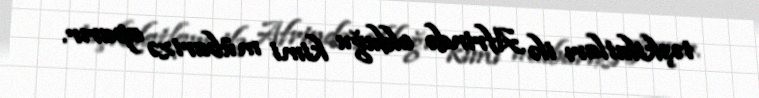
təşkilatları ilə Afrində olduğu kimi mübarizə aparır.